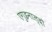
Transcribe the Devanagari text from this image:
एगुइनाल्दो